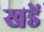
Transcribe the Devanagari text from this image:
खडें